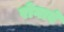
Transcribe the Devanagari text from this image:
रोगावे